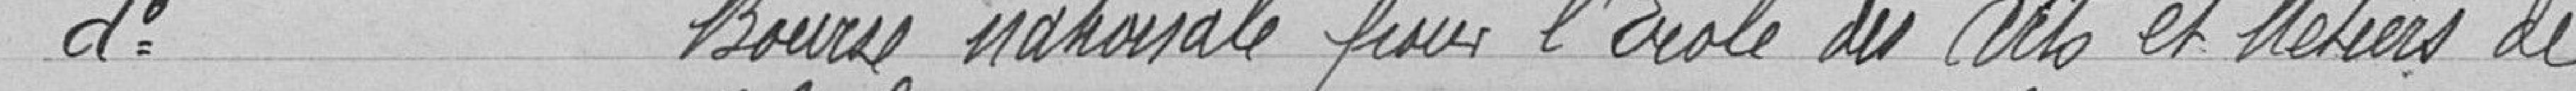
d°              Bourse nationale pour l'Ecole des Arts et Métiers de